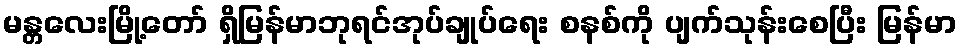
မန္တလေးမြို့တော် ရှိမြန်မာဘုရင်အုပ်ချုပ်ရေး စနစ်ကို ပျက်သုန်းစေပြီး မြန်မာ